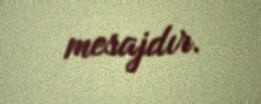
mesajdır.